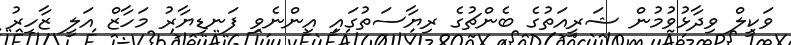
ވަކީލް ވިދާޅުވުމުން ޝަރީއަތުގެ ބެންޗުގެ ރިޔާސަތުގައި އިންނެވި ފަނޑިޔާރު މަހާޒް އަލީ ޒާހިރު